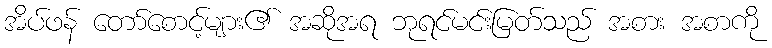
အိပ်ဖန် တော်စောင့်များ၏ အဆိုအရ ဘုရင်မင်းမြတ်သည် အစား အစာကို